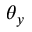
\theta _ { y }